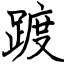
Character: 踱